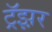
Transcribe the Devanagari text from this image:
ट्रॅझ़र